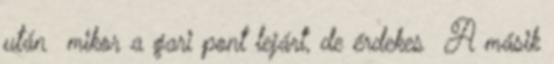
után mikor a gari pont lejárt, de érdekes A másik